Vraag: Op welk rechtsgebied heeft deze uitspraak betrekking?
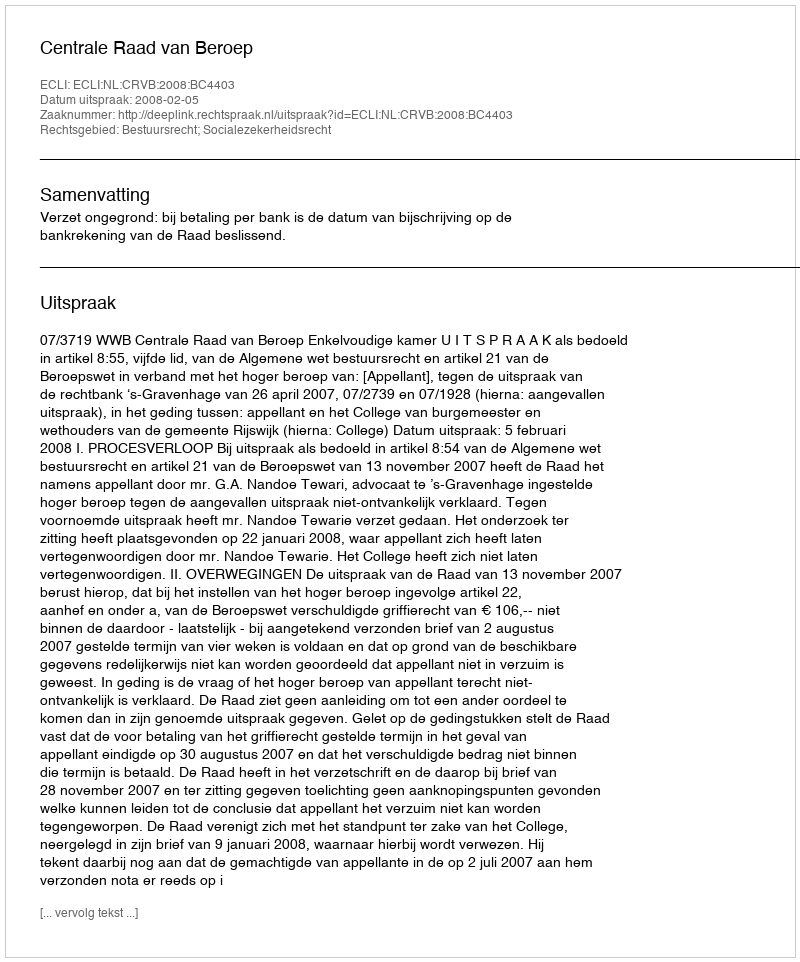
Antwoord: Bestuursrecht; Socialezekerheidsrecht